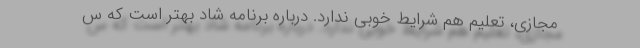
مجازی، تعلیم هم شرایط خوبی ندارد. درباره برنامه شاد بهتر است که س